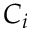
C _ { i }